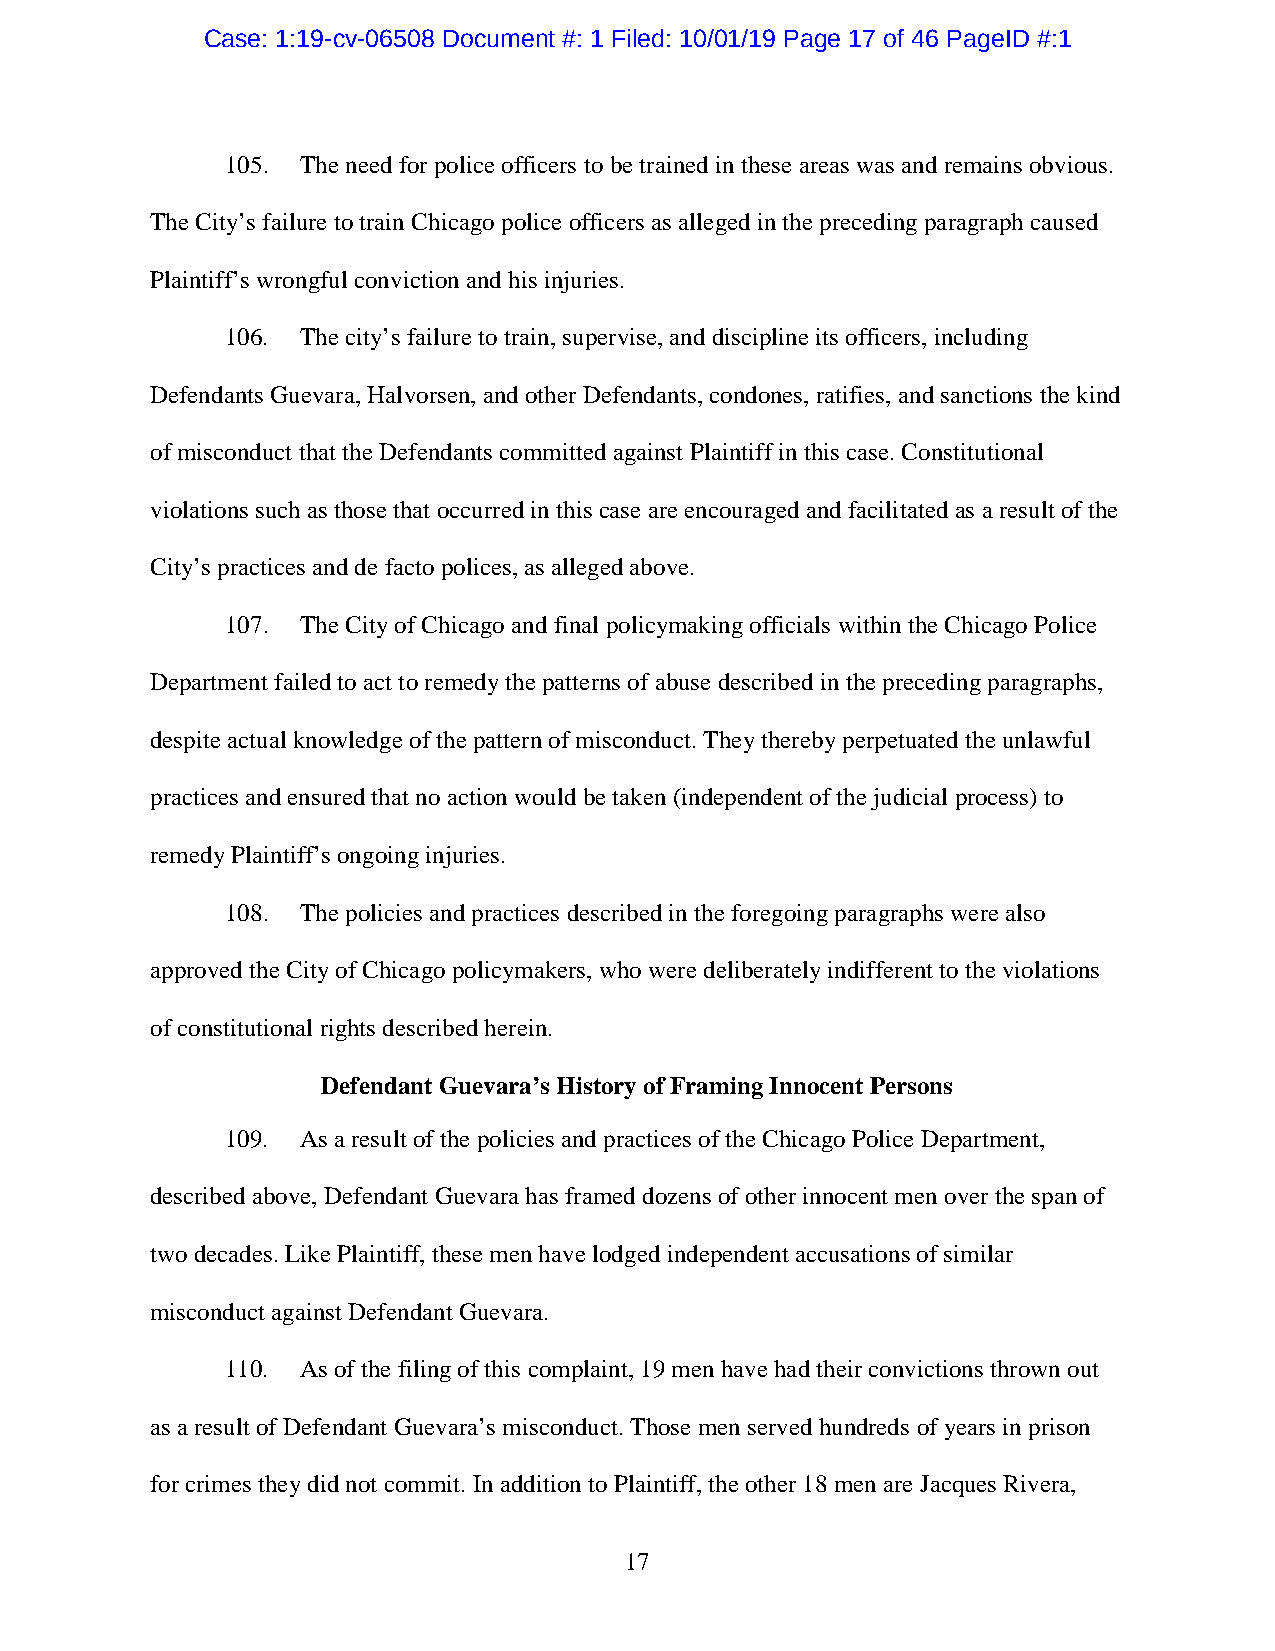
Case: 1:19-cv-06508 Document #: 1 Filed: 10/01/19 Page 17 of 46 PageID #:1
 105. The need for police officers to be trained in these areas was and remains obvious.
 The City’s failure to train Chicago police officers as alleged in the preceding paragraph caused
 Plaintiff’s wrongful conviction and his injuries.
 106. The city’s failure to train, supervise, and discipline its officers, including
 Defendants Guevara, Halvorsen, and other Defendants, condones, ratifies, and sanctions the kind
 of misconduct that the Defendants committed against Plaintiff in this case. Constitutional
 violations such as those that occurred in this case are encouraged and facilitated as a result of the
 City’s practices and de facto polices, as alleged above.
 107. The City of Chicago and final policymaking officials within the Chicago Police
 Department failed to act to remedy the patterns of abuse described in the preceding paragraphs,
 despite actual knowledge of the pattern of misconduct. They thereby perpetuated the unlawful
 practices and ensured that no action would be taken (independent of the judicial process) to
 remedy Plaintiff’s ongoing injuries.
 108. The policies and practices described in the foregoing paragraphs were also
 approved the City of Chicago policymakers, who were deliberately indifferent to the violations
 of constitutional rights described herein.
 Defendant Guevara’s History of Framing Innocent Persons
 109. As a result of the policies and practices of the Chicago Police Department,
 described above, Defendant Guevara has framed dozens of other innocent men over the span of
 two decades. Like Plaintiff, these men have lodged independent accusations of similar
 misconduct against Defendant Guevara.
 110. As of the filing of this complaint, 19 men have had their convictions thrown out
 as a result of Defendant Guevara’s misconduct. Those men served hundreds of years in prison
 for crimes they did not commit. In addition to Plaintiff, the other 18 men are Jacques Rivera,
 17